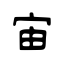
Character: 宙